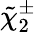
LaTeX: {\tilde{\chi}}_{2}^{\pm}